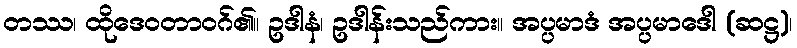
တဿ၊ ထိုဒေဝတာဝဂ်၏။ ဥဒါနံ၊ ဥဒါန်းသည်ကား။ အပ္ပမာဒံ အပ္ပမာဒေါ (ဆဋ္ဌ)၊